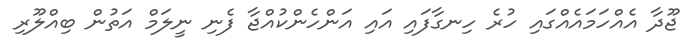
ޖޫދާ އެއްހަމައެއްގައި ހުރެ ހިނގާފައި އައި އަންހެންކުއްޖާ ފެނި ނީލަމް އަތުން ބިއްލޫރި